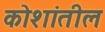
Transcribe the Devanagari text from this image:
कोशांतील